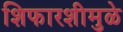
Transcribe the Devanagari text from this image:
शिफारशीमुळे